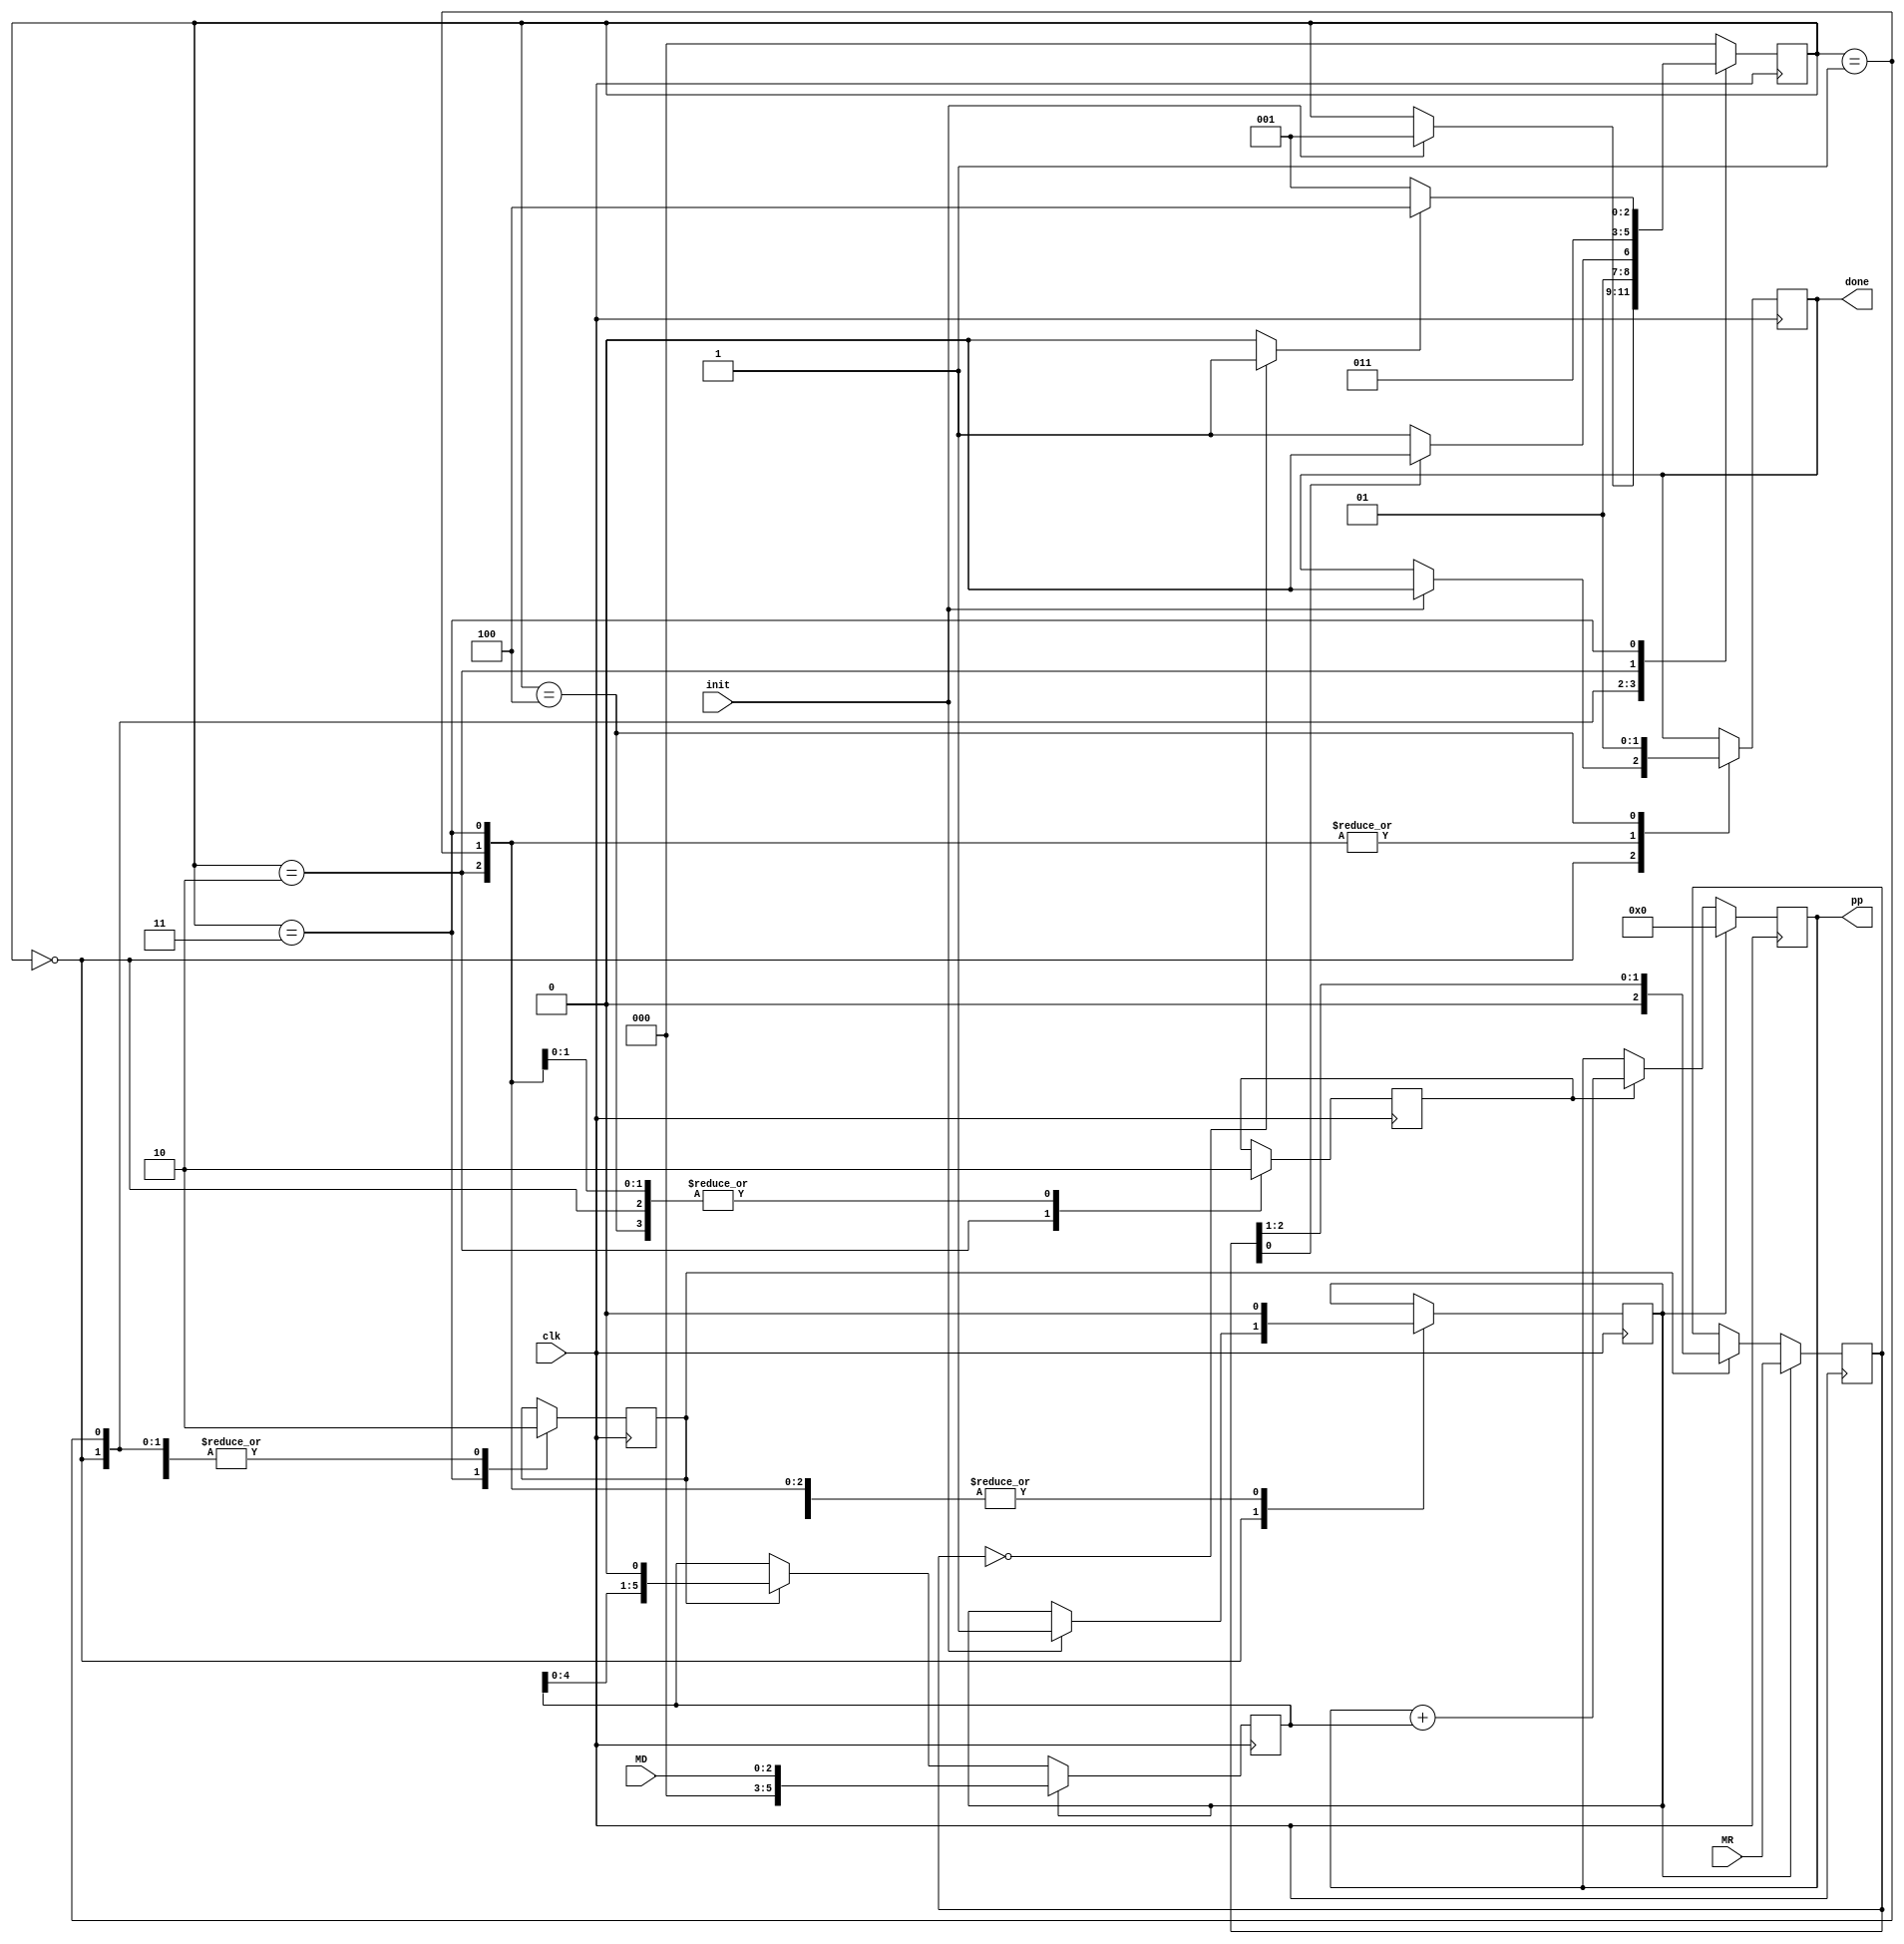
module multiplicador(input [2:0] MR, input [2:0] MD, input init, input clk, output reg [5:0] pp, output reg done);

reg sh;
reg rst;
reg add;
reg [5:0] A;
reg [2:0] B;
wire z;

reg [2:0] status =0;

// bloque comparador 
assign z=(B==0)?1:0;


//bloques de registros de desplazamiento para A y B
always @(posedge clk) begin
   
	if (rst) begin
		A = {3'b000,MD};
		B = MR;
	end
	else	begin 
		if (sh) begin
			A= A << 1;
			B = B >> 1;
		end
	end

end 

//bloque de add pp

always @(posedge clk) begin
   
	if (rst) begin
		pp =0;
	end
	else	begin 
		if (add) begin
		pp = pp+A;
		end
	end

end

// FSM 
parameter START =0,  CHECK =1, ADD =2, SHIFT =3, END1 =4;

always @(posedge clk) begin
	case (status)
	START: begin
		sh=0;
		add=0;
		if (init) begin
			status=CHECK;
			done =0;
			rst=1;
		end
		end
	CHECK: begin 
		done=0;
		rst=0;
		sh=0;
		add=0;
		if (B[0]==1)
			status=ADD;
		else
			status=SHIFT;
		end
	ADD: begin
		done=0;
		rst=0;
		sh=0;
		add=1;
		status=SHIFT;
		end
	SHIFT: begin
		done=0;
		rst=0;
		sh=1;
		add=0;
		if (z==1)
			status=END1;
		else
			status=CHECK;
		end
	END1: begin
		done =1;
		rst =0;
		sh =0;
		add =0;
		status =START;
	end
	 default:
		status =START;
	endcase 
	
end 

endmodule